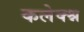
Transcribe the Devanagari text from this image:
कलेक्श्न